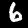
Digit: 6